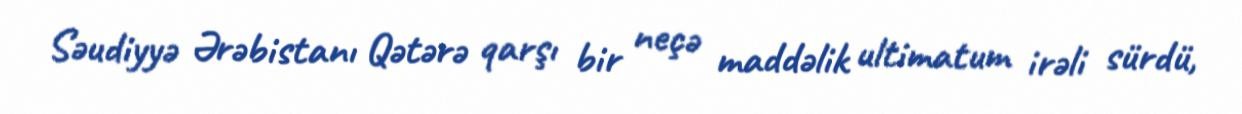
Səudiyyə Ərəbistanı Qətərə qarşı bir neçə maddəlik ultimatum irəli sürdü,